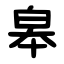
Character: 皋